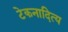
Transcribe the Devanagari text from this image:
टेकनादित्य